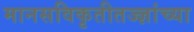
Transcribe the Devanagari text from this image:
मानसविकृतीतज्ज्ञांच्या